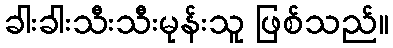
ခါးခါးသီးသီးမုန်းသူ ဖြစ်သည်။